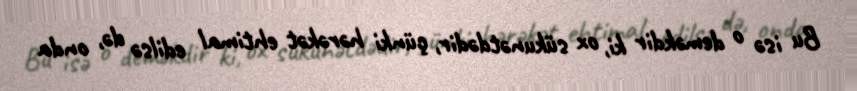
Bu isə o deməkdir ki, ox sükunətdədir, çünki hərəkət ehtimal edilsə də, onda